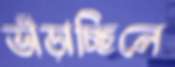
ভাঁড়াচ্ছিলে